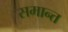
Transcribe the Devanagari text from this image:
समान्त